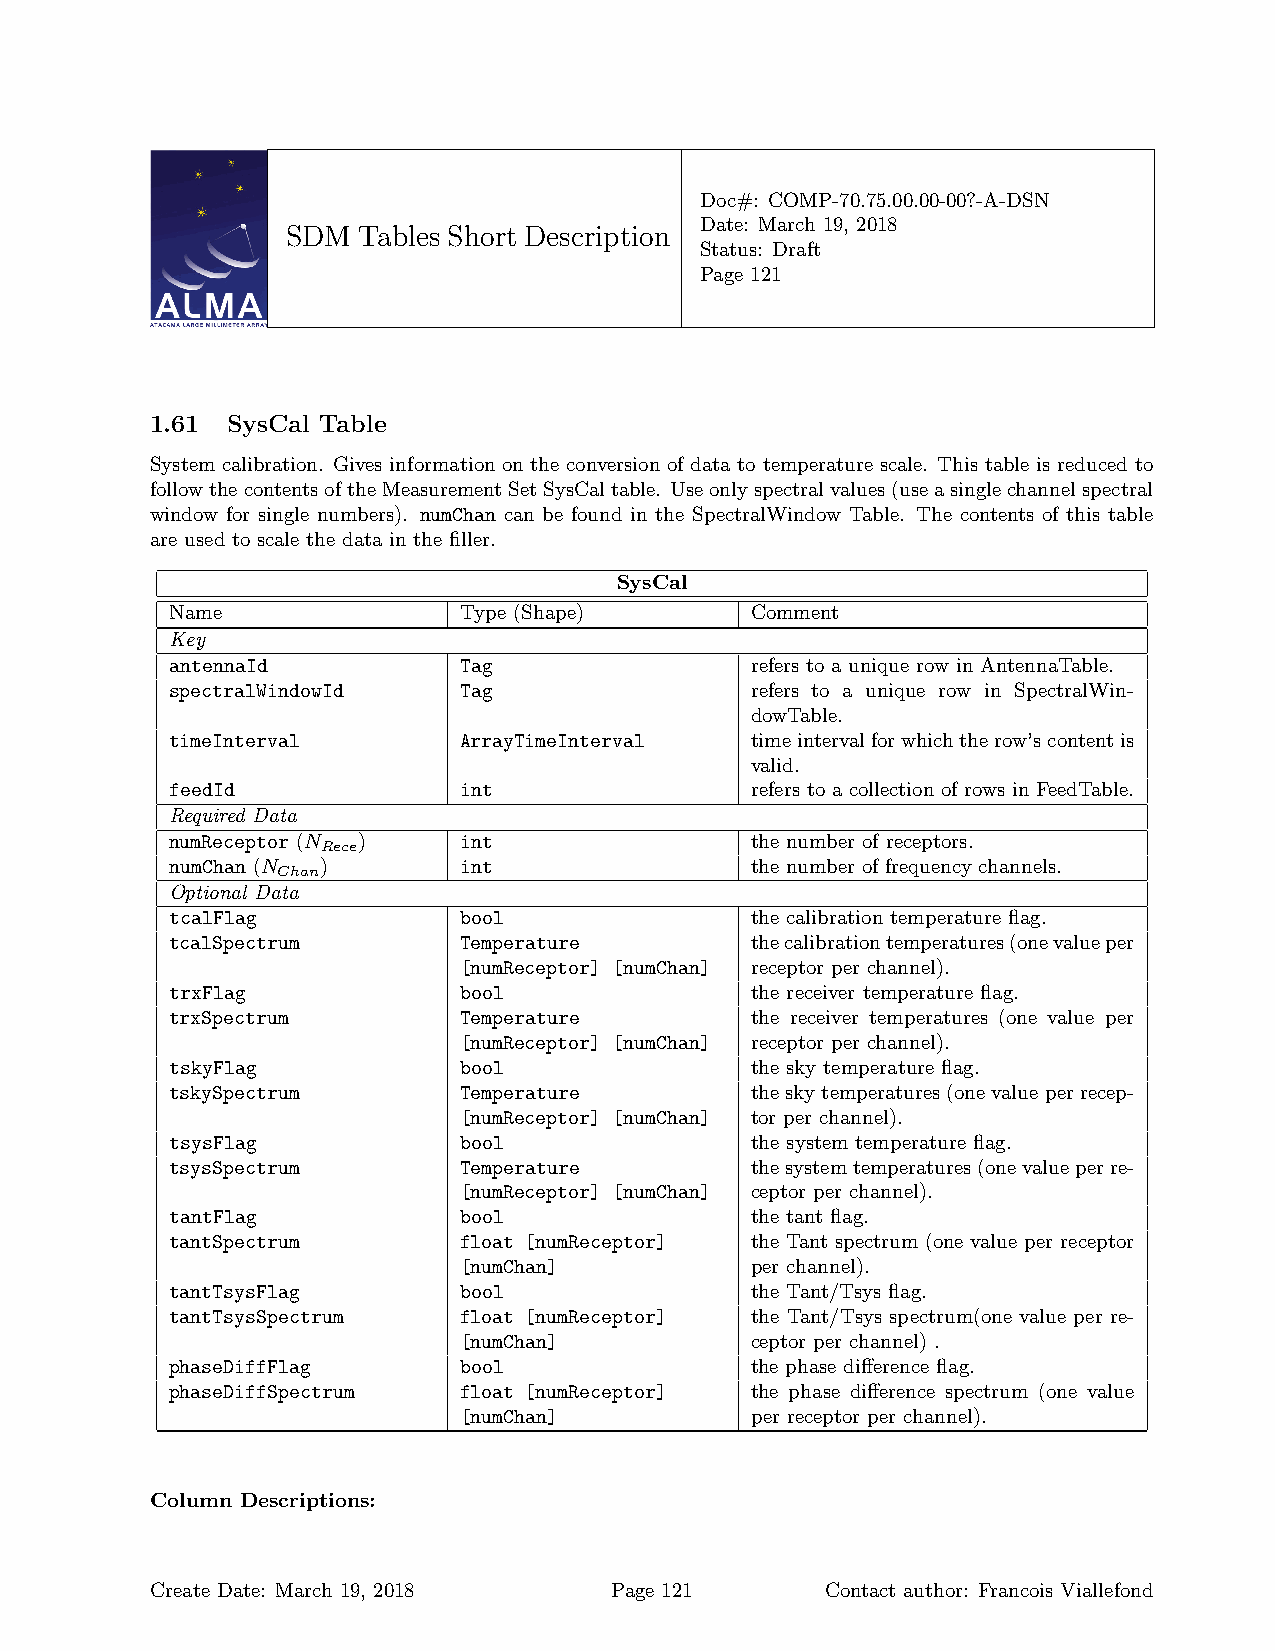
Doc#: COMP-70.75.00.00-00?-A-DSN
 Date: March 19, 2018
 SDM  Tables Short Description
 Status: Draft
 Page 121
 1.61 SysCal Table
 System calibration. Gives information on the conversion of data to temperature scale. This table is reduced to
 followthecontentsoftheMeasurementSetSysCaltable. Useonlyspectralvalues(useasinglechannelspectral
 window for single numbers). numChan can be found in the SpectralWindow Table. The contents of this table
 are used to scale the data in the filler.
 SysCal
 Name               Type (Shape)        Comment
 Key
 antennaId          Tag                 refers to a unique row in AntennaTable.
 spectralWindowId   Tag                 refers to a unique row in SpectralWin-
 dowTable.
 timeInterval       ArrayTimeInterval   timeintervalforwhichtherow’scontentis
 valid.
 feedId             int                 refers to a collection of rows in FeedTable.
 Required Data
 numReceptor (N )   int                 the number of receptors.
 Rece
 numChan (N )       int                 the number of frequency channels.
 Chan
 Optional Data
 tcalFlag           bool                the calibration temperature flag.
 tcalSpectrum       Temperature         thecalibrationtemperatures(onevalueper
 [numReceptor] [numChan] receptor per channel).
 trxFlag            bool                the receiver temperature flag.
 trxSpectrum        Temperature         the receiver temperatures (one value per
 [numReceptor] [numChan] receptor per channel).
 tskyFlag           bool                the sky temperature flag.
 tskySpectrum       Temperature         theskytemperatures(onevalueperrecep-
 [numReceptor] [numChan] tor per channel).
 tsysFlag           bool                the system temperature flag.
 tsysSpectrum       Temperature         thesystemtemperatures(onevalueperre-
 [numReceptor] [numChan] ceptor per channel).
 tantFlag           bool                the tant flag.
 tantSpectrum       float [numReceptor] the Tant spectrum (one value per receptor
 [numChan]           per channel).
 tantTsysFlag       bool                the Tant/Tsys flag.
 tantTsysSpectrum   float [numReceptor] the Tant/Tsys spectrum(one value per re-
 [numChan]           ceptor per channel) .
 phaseDiffFlag      bool                the phase difference flag.
 phaseDiffSpectrum  float [numReceptor] the phase difference spectrum (one value
 [numChan]           per receptor per channel).
 Column Descriptions:
 Create Date: March 19, 2018   Page 121       Contact author: Francois Viallefond